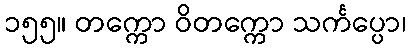
၁၅၅။ တက္ကော ဝိတက္ကော သင်္ကပ္ပော၊